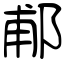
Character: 郙